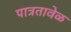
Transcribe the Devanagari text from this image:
पात्रतावेळ